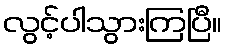
လွင့်ပါသွားကြပြီ။